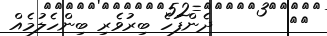
٩١       ދެންފަހެ ބިރުވެރި ބިންހެލުމެއް